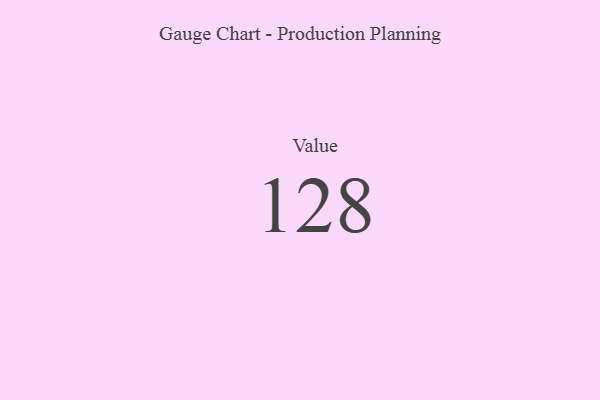
{"axis": {"x": "Metric", "y": "Value"}, "legend": [""], "data": [{"x": "Value", "y": 128, "type": ""}]}